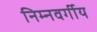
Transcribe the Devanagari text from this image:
निम्‍नवर्गीय